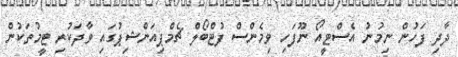
ދާދި ފަހުން ނިމުނު އެސްޓީއޯ ނޫފަހި ވިމެންސް ފުޓްބޯލް ޗެމްޕިއަންޝިޕުގައި ވާދަކުރި ޓީމުތަކުން